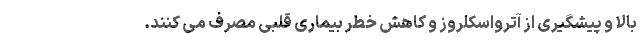
بالا و پیشگیری از آترواسکلروز و کاهش خطر بیماری قلبی مصرف می کنند.